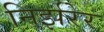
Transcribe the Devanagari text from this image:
निर्झरेर